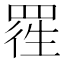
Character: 𱻃